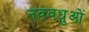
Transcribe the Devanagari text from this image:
नववधुओं